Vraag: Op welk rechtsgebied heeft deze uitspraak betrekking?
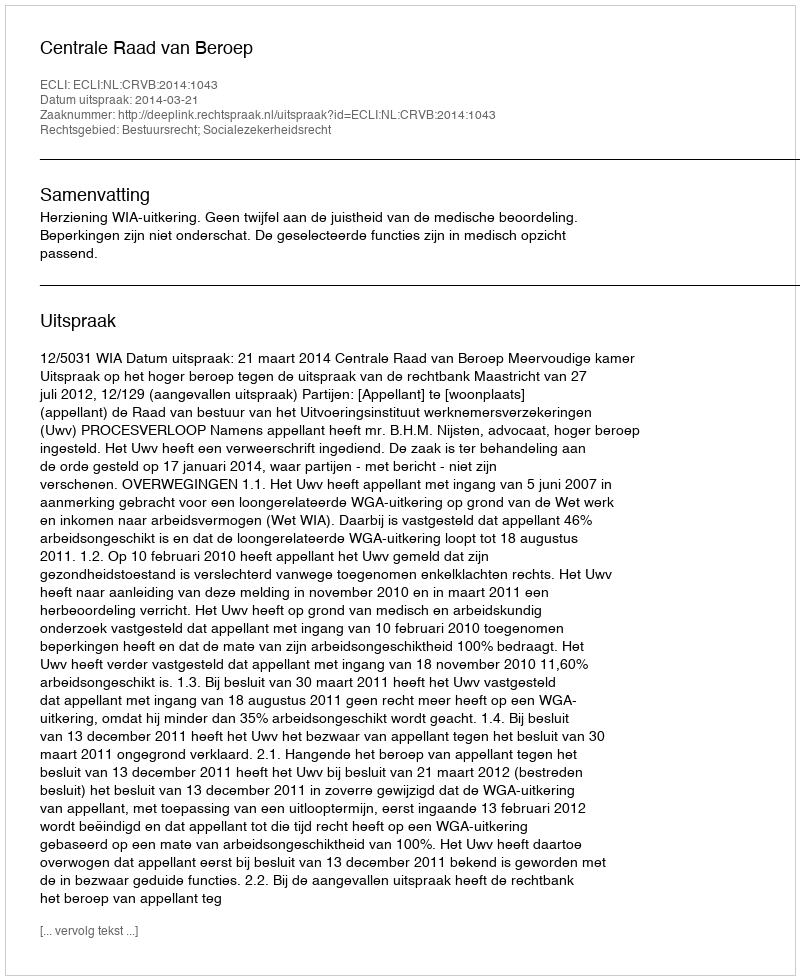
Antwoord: Bestuursrecht; Socialezekerheidsrecht